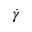
\dot { \gamma }